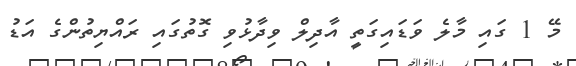
މޭ 1 ގައި މާލެ ވަޑައިގަތީ އާދިލް ވިދާޅުވި ގޮތުގައި ރައްޔިތުންގެ އަޑު